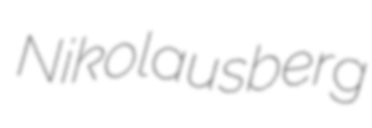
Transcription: Nikolausberg